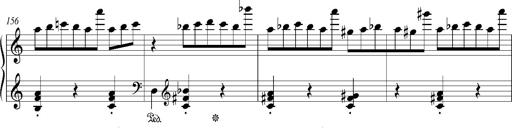
Title: Bagatelle sans tonalitÃ©
Composer: Franz Liszt